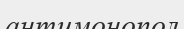
антимонопол